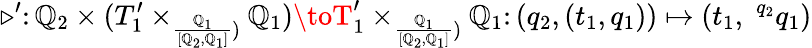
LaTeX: \triangleright^{\prime}\colon\mathbb{Q}_{2}\times(T_{1}^{\prime}\times_{\frac{{\mathbb{Q}_{1}}}{{[\mathbb{Q}_{2},\mathbb{Q}_{1}]}})}\mathbb{Q}_{1})\toT_{1}^{\prime}\times_{\frac{{\mathbb{Q}_{1}}}{{[\mathbb{Q}_{2},\mathbb{Q}_{1}]}})}\mathbb{Q}_{1}\colon(q_{2},(t_{1},q_{1}))\mapsto(t_{1},\; ^{q_{2}}q_{1})